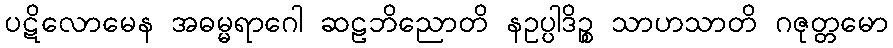
ပဋိလောမေန အဓမ္မရာဂေါ ဆဠဘိညောတိ နဥပ္ပါဒိဉ္စ သာဟသာတိ ဂဇုတ္တမော